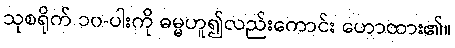
သုစရိုက် ၁၀-ပါးကို ဓမ္မဟူ၍လည်းကောင်း ဟောထား၏။